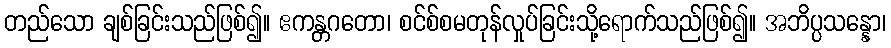
တည်သော ချစ်ခြင်းသည်ဖြစ်၍။ ဧကန္တဂတော၊ စင်စ်စမတုန်လှုပ်ခြင်းသို့ရောက်သည်ဖြစ်၍။ အဘိပ္ပသန္နော၊